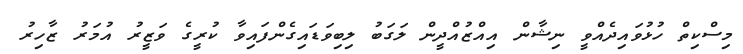
މިސްކިތް ހުޅުވައިދެއްވީ ނިޝާން އިއްޒުއްދީން ލަގަބު ލިބިވަޑައިގެންފައިވާ ކުރީގެ ވަޒީރު އުމަރު ޒާހިރު